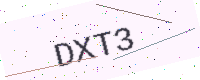
Text: DXT3